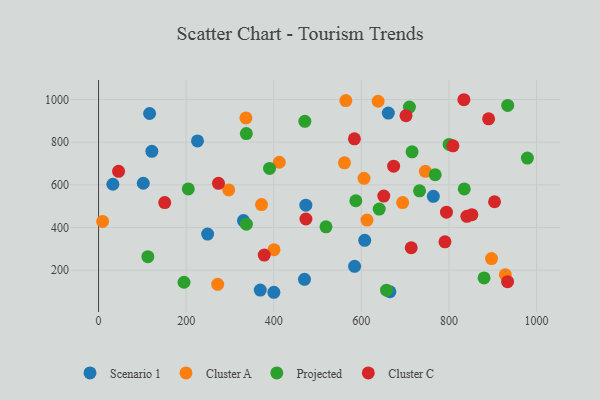
{"axis": {"x": "Study Hours", "y": "Salary"}, "legend": ["Cluster A", "Cluster C", "Projected", "Scenario 1"], "data": [{"x": "116.5", "y": 934.2, "type": "Scenario 1"}, {"x": "400.3", "y": 96.2, "type": "Scenario 1"}, {"x": "470.2", "y": 157.1, "type": "Scenario 1"}, {"x": "121.7", "y": 756.8, "type": "Scenario 1"}, {"x": "32.7", "y": 602.5, "type": "Scenario 1"}, {"x": "764.4", "y": 546.1, "type": "Scenario 1"}, {"x": "661.6", "y": 936.3, "type": "Scenario 1"}, {"x": "584.6", "y": 217.8, "type": "Scenario 1"}, {"x": "607.7", "y": 339.6, "type": "Scenario 1"}, {"x": "330.9", "y": 432.1, "type": "Scenario 1"}, {"x": "473.3", "y": 504.7, "type": "Scenario 1"}, {"x": "665.2", "y": 98.7, "type": "Scenario 1"}, {"x": "369.2", "y": 106.7, "type": "Scenario 1"}, {"x": "225.9", "y": 805.9, "type": "Scenario 1"}, {"x": "102.1", "y": 607.2, "type": "Scenario 1"}, {"x": "249.0", "y": 369.0, "type": "Scenario 1"}, {"x": "564.6", "y": 995.0, "type": "Cluster A"}, {"x": "638.3", "y": 991.6, "type": "Cluster A"}, {"x": "746.2", "y": 663.2, "type": "Cluster A"}, {"x": "336.4", "y": 913.5, "type": "Cluster A"}, {"x": "412.7", "y": 705.7, "type": "Cluster A"}, {"x": "606.1", "y": 630.5, "type": "Cluster A"}, {"x": "561.5", "y": 702.9, "type": "Cluster A"}, {"x": "928.8", "y": 178.9, "type": "Cluster A"}, {"x": "694.3", "y": 516.7, "type": "Cluster A"}, {"x": "9.3", "y": 428.1, "type": "Cluster A"}, {"x": "272.0", "y": 133.4, "type": "Cluster A"}, {"x": "297.2", "y": 575.9, "type": "Cluster A"}, {"x": "612.9", "y": 434.8, "type": "Cluster A"}, {"x": "400.6", "y": 295.9, "type": "Cluster A"}, {"x": "372.1", "y": 507.5, "type": "Cluster A"}, {"x": "897.2", "y": 254.0, "type": "Cluster A"}, {"x": "204.9", "y": 580.6, "type": "Projected"}, {"x": "800.4", "y": 789.2, "type": "Projected"}, {"x": "715.8", "y": 754.7, "type": "Projected"}, {"x": "195.1", "y": 143.3, "type": "Projected"}, {"x": "112.6", "y": 263.0, "type": "Projected"}, {"x": "587.4", "y": 525.3, "type": "Projected"}, {"x": "709.8", "y": 964.3, "type": "Projected"}, {"x": "835.0", "y": 580.5, "type": "Projected"}, {"x": "979.1", "y": 725.3, "type": "Projected"}, {"x": "657.5", "y": 106.1, "type": "Projected"}, {"x": "880.2", "y": 163.5, "type": "Projected"}, {"x": "519.3", "y": 403.2, "type": "Projected"}, {"x": "337.4", "y": 840.1, "type": "Projected"}, {"x": "471.0", "y": 897.6, "type": "Projected"}, {"x": "934.2", "y": 971.9, "type": "Projected"}, {"x": "390.4", "y": 676.6, "type": "Projected"}, {"x": "337.5", "y": 415.2, "type": "Projected"}, {"x": "732.9", "y": 571.7, "type": "Projected"}, {"x": "768.6", "y": 647.2, "type": "Projected"}, {"x": "640.8", "y": 486.1, "type": "Projected"}, {"x": "840.9", "y": 452.4, "type": "Cluster C"}, {"x": "890.6", "y": 909.2, "type": "Cluster C"}, {"x": "673.7", "y": 687.5, "type": "Cluster C"}, {"x": "273.8", "y": 606.7, "type": "Cluster C"}, {"x": "651.2", "y": 547.3, "type": "Cluster C"}, {"x": "584.2", "y": 815.4, "type": "Cluster C"}, {"x": "834.2", "y": 998.8, "type": "Cluster C"}, {"x": "151.1", "y": 516.9, "type": "Cluster C"}, {"x": "809.2", "y": 782.7, "type": "Cluster C"}, {"x": "933.9", "y": 145.7, "type": "Cluster C"}, {"x": "713.9", "y": 305.0, "type": "Cluster C"}, {"x": "473.5", "y": 439.8, "type": "Cluster C"}, {"x": "904.1", "y": 520.5, "type": "Cluster C"}, {"x": "794.4", "y": 471.6, "type": "Cluster C"}, {"x": "852.4", "y": 460.1, "type": "Cluster C"}, {"x": "702.0", "y": 924.2, "type": "Cluster C"}, {"x": "45.7", "y": 663.4, "type": "Cluster C"}, {"x": "790.9", "y": 332.6, "type": "Cluster C"}, {"x": "378.3", "y": 270.5, "type": "Cluster C"}]}